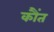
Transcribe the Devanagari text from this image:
कौंत